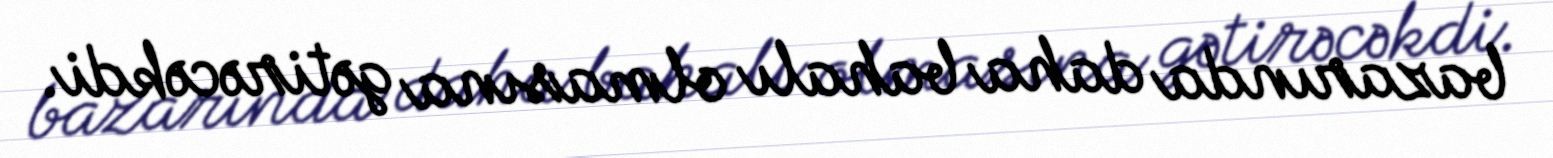
bazarında daha bahalı olmasına gətirəcəkdi.